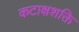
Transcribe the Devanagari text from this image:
कटाक्षशक्ति